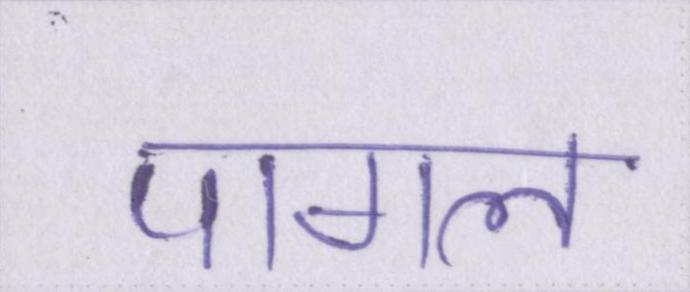
पागल